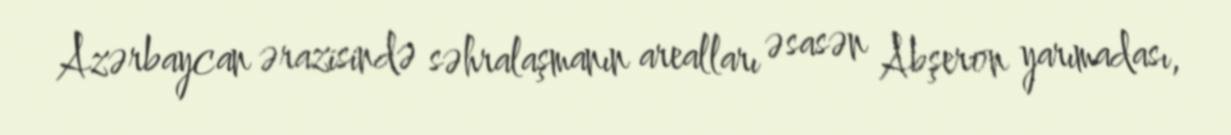
Azərbaycan ərazisində səhralaşmanın arealları əsasən Abşeron yarımadası,